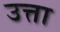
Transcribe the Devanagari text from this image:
उत्ता